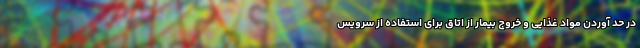
در حد آوردن مواد غذایی و خروج بیمار از اتاق برای استفاده از سرویس